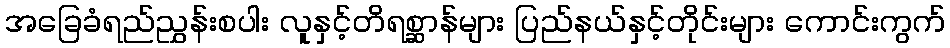
အခြေခံရည်ညွှန်းစပါး လူနှင့်တိရစ္ဆာန်များ ပြည်နယ်နှင့်တိုင်းများ ကောင်းကွက်